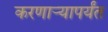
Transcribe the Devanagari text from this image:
करणाऱ्यापर्यंत